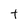
Character: t